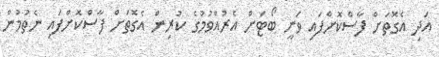
އަދި އެގޮތަށް ފާސްކޮށްފައި ވަނީ ބޯޓަށް އެރުއްވުމުގެ ކުރިން އެގޮތަށް ފާސްކޮށްފައި ނެތުމުން